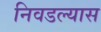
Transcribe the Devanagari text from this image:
निवडल्यास